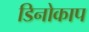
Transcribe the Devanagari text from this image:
डिनोकाप